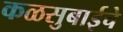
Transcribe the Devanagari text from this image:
कळसुबाईचे